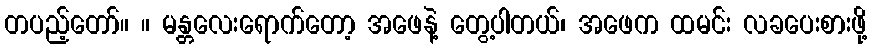
တပည့်တော်။ ။ မန္တလေးရောက်တော့ အဖေနဲ့ တွေ့ပါတယ်၊ အဖေက ထမင်း လခပေးစားဖို့